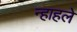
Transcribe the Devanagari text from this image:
न्हाहले